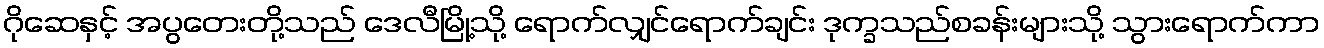
ဂိုဆေနှင့် အပွတေးတို့သည် ဒေလီမြို့သို့ ရောက်လျှင်ရောက်ချင်း ဒုက္ခသည်စခန်းများသို့ သွားရောက်ကာ